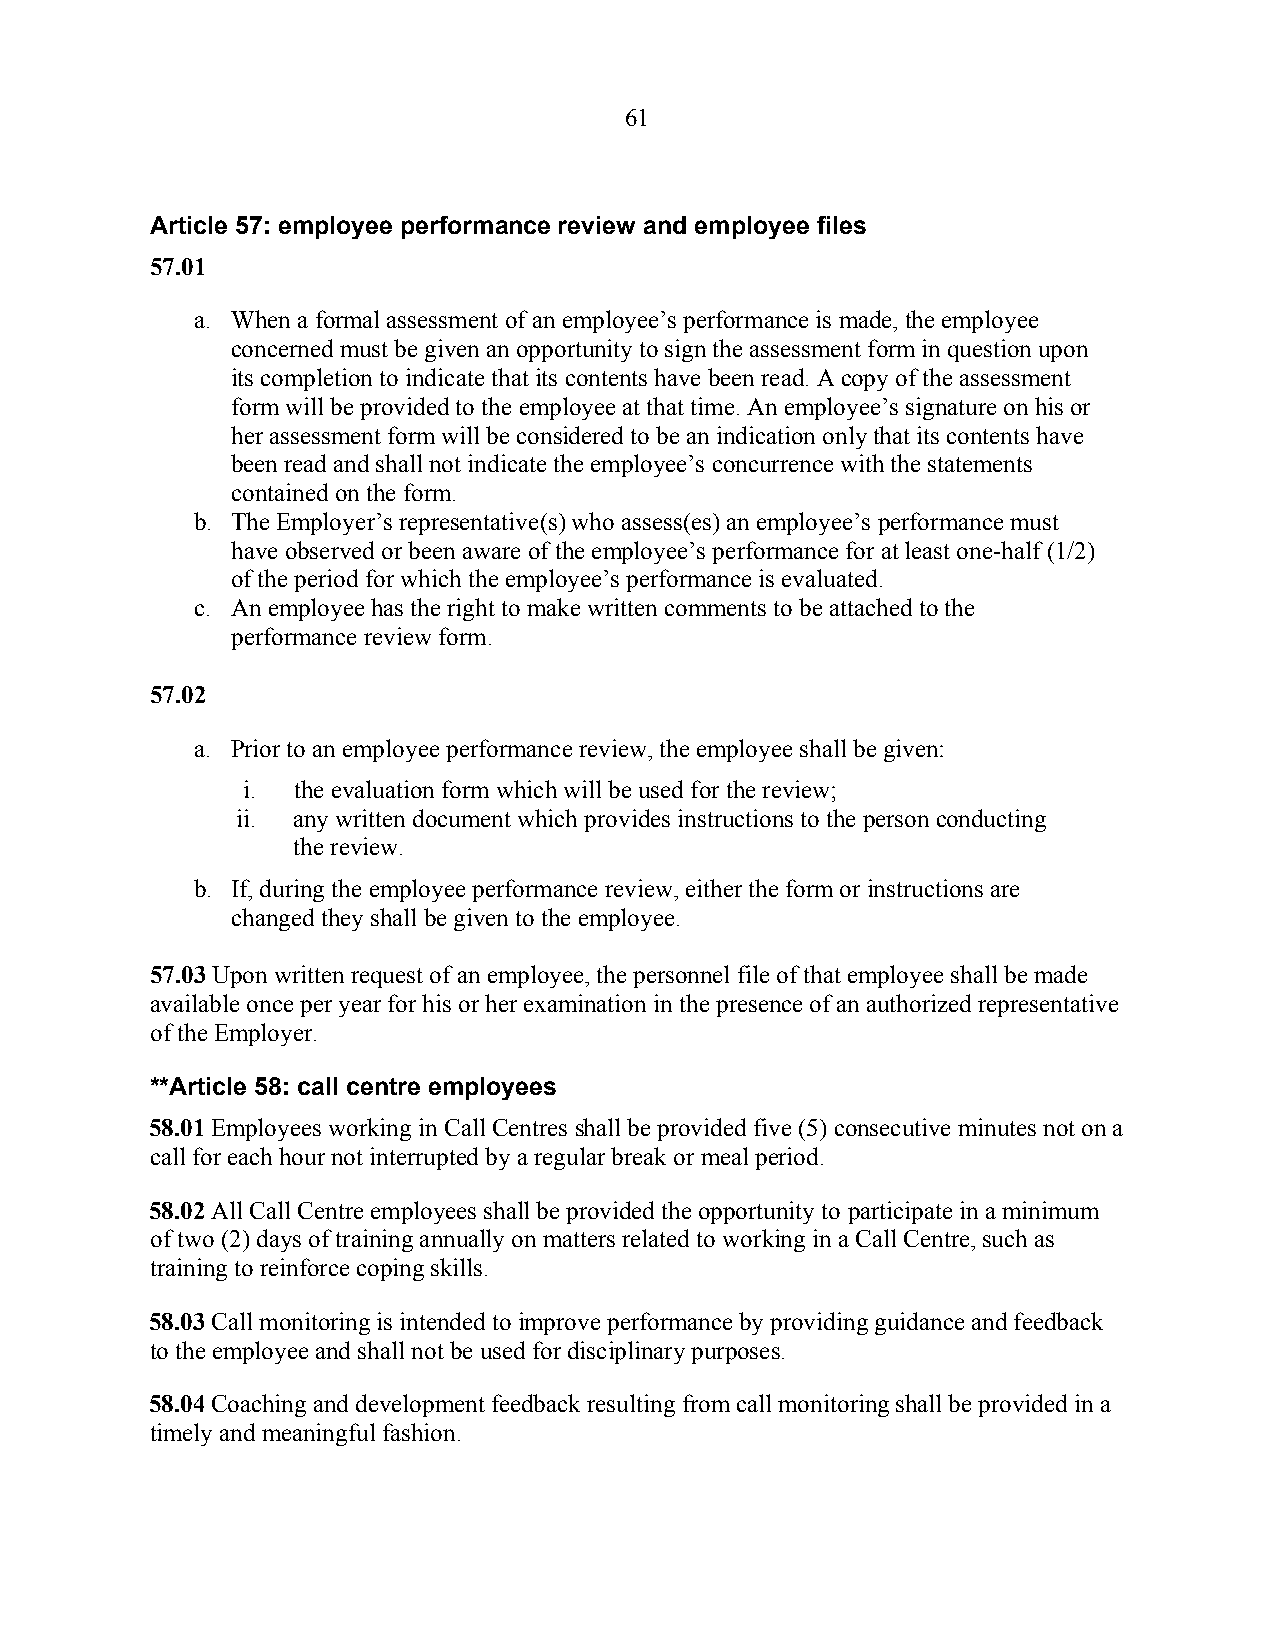
61
 Article 57: employee performance review and employee files
 57.01
 a. When a formal assessment of an employee’s performance is made, the employee
 concerned must be given an opportunity to sign the assessment form in question upon
 its completion to indicate that its contents have been read. A copy of the assessment
 form will be provided to the employee at that time. An employee’s signature on his or
 her assessment form will be considered to be an indication only that its contents have
 been read and shall not indicate the employee’s concurrence with the statements
 contained on the form.
 b. The Employer’s representative(s) who assess(es) an employee’s performance must
 have observed or been aware of the employee’s performance for at least one-half (1/2)
 of the period for which the employee’s performance is evaluated.
 c. An employee has the right to make written comments to be attached to the
 performance review form.
 57.02
 a. Prior to an employee performance review, the employee shall be given:
 i. the evaluation form which will be used for the review;
 ii. any written document which provides instructions to the person conducting
 the review.
 b. If, during the employee performance review, either the form or instructions are
 changed they shall be given to the employee.
 57.03 Upon written request of an employee, the personnel file of that employee shall be made
 available once per year for his or her examination in the presence of an authorized representative
 of the Employer.
 **Article 58: call centre employees
 58.01 Employees working in Call Centres shall be provided five (5) consecutive minutes not on a
 call for each hour not interrupted by a regular break or meal period.
 58.02 All Call Centre employees shall be provided the opportunity to participate in a minimum
 of two (2) days of training annually on matters related to working in a Call Centre, such as
 training to reinforce coping skills.
 58.03 Call monitoring is intended to improve performance by providing guidance and feedback
 to the employee and shall not be used for disciplinary purposes.
 58.04 Coaching and development feedback resulting from call monitoring shall be provided in a
 timely and meaningful fashion.